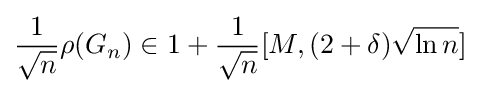
{\frac {1}{\sqrt {n}}}\rho (G_{n})\in 1+{\frac {1}{\sqrt {n}}}[M,(2+\delta ){\sqrt {\ln n}}]